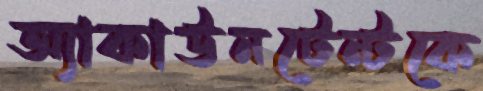
অ্যাকাউনটেন্টকে